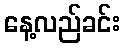
နေ့လည်ခင်း